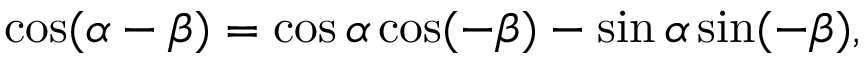
\cos ( \alpha - \beta ) = \cos \alpha \cos ( - \beta ) - \sin \alpha \sin ( - \beta ) ,